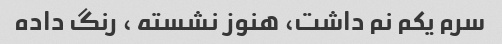
سرم یکم نم داشت، هنوز نشسته ، رنگ داده